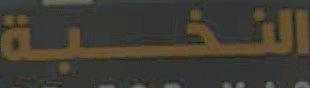
النخبة